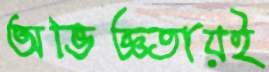
অভিজ্ঞতায়ই